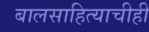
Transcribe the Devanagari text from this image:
बालसाहित्याचीही